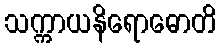
သက္ကာယနိရောဓောတိ